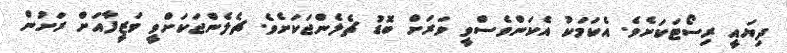
ދިޔައީ ރިސޯޓަކަށެވެ. އެކަމަކު އެކަންވެސްވީ ވަރަށް ބޮޑު ޗެލެންޖަކަށެވެ. ޗެލެންޖަކަށްވީ ވަޒީފާއަށް ރަށުން